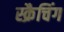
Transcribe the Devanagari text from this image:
स्क्रैचिंग